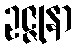
ဥဇ္ဇုနာ